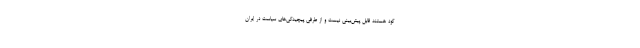
گود هستند قابل پیش‌بینی نیست و از طرفی پیچیدگی‌های سیاست در ایران